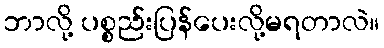
ဘာလို့ ပစ္စည်းပြန်ပေးလို့မရတာလဲ။